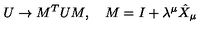
U \rightarrow M ^ { T } U M , \quad M = I + \lambda ^ { \mu } \hat { X } _ { \mu }